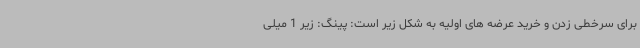
برای سرخطی زدن و خرید عرضه های اولیه به شکل زیر است: پینگ: زیر 1 میلی